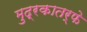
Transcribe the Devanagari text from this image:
मुद्रकातर्फे